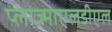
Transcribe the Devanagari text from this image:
प्लाज्माएलडीएल